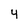
Character: 4